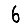
Digit: 6